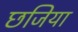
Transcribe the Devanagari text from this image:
छजिया